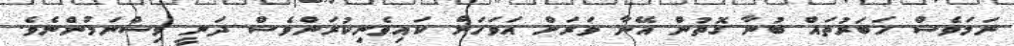
ނަމަވެސް ހަބަރުތައް ބުނާ ގޮތުން އޭނާ ވަރަށް އަވަހަށް ކައިވެނިކުރަންވެސް ދަނީ ވިސްނަމުންނެވެ.